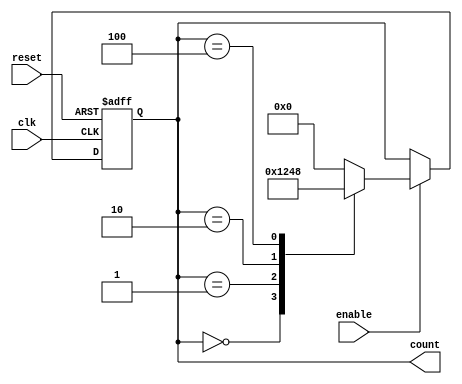
module RingCounter_Enable (
    input wire clk, // clock signal
    input wire reset, // asynchronous reset signal
    input wire enable, // enable signal
    output reg [3:0] count // 4-bit ring counter output
);

reg [3:0] next_count; // next state of the counter

always @ (posedge clk or posedge reset) begin
    if (reset) begin
        count <= 4'b0000; // reset to specific state when disabled
    end else if (enable) begin
        count <= next_count; // advance through states in fixed sequence
    end
end

always @ (*) begin
    case(count)
        4'b0000: next_count = 4'b0001; // define sequence of states
        4'b0001: next_count = 4'b0010;
        4'b0010: next_count = 4'b0100;
        4'b0100: next_count = 4'b1000;
        4'b1000: next_count = 4'b0000;
        default: next_count = 4'b0000;
    endcase
end

endmodule